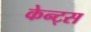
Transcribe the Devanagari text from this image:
केन्ट्स